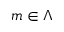
m \in \Lambda